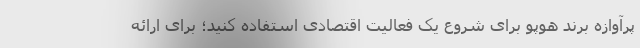
پرآوازه برند هوپو برای شروع یک فعالیت اقتصادی استفاده کنید؛ برای ارائه